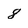
Character: 8